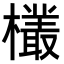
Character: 𬅆